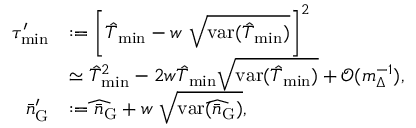
\begin{array} { r l } { \tau _ { \mathrm { m i n } } ^ { \prime } } & { : = \left[ \hat { T } _ { \mathrm { m i n } } - w ~ \sqrt { \mathrm { v a r } ( \hat { T } _ { \mathrm { m i n } } ) } \right] ^ { 2 } } \\ & { \simeq \hat { T } _ { \mathrm { m i n } } ^ { 2 } - 2 w \hat { T } _ { \mathrm { m i n } } \sqrt { \mathrm { v a r } ( \hat { T } _ { \mathrm { m i n } } ) } + \mathcal { O } ( m _ { \Delta } ^ { - 1 } ) , } \\ { \bar { n } _ { \mathrm { G } } ^ { \prime } } & { : = \widehat { \bar { n } _ { \mathrm { G } } } + w ~ \sqrt { \mathrm { v a r } ( \widehat { \bar { n } _ { \mathrm { G } } } ) } , } \end{array}